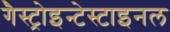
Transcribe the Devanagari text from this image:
गैस्ट्रोइन्टेस्टाइनल